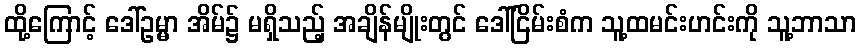
ထို့ကြောင့် ဒေါ်ဥမ္မာ အိမ်၌ မရှိသည့် အချိန်မျိုးတွင် ဒေါ်ငြိမ်းစံက သူ့ထမင်းဟင်းကို သူ့ဘာသာ